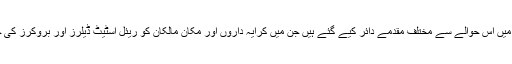
ابوظہبی کی کریمنل کورٹ میں اس حوالے سے مختلف مقدمے دائر کیے گئے ہیں جن میں کرایہ داروں اور مکان مالکان کو ریئل اسٹیٹ ڈیلرز اور بروکرز کی جانب سے دھوکا دیا گیا تھا۔